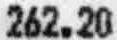
262.20